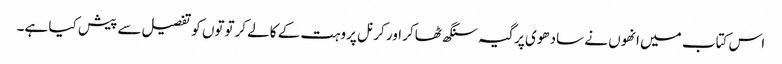
اس کتاب میں انھوں نے سادھوی پرگیہ سنگھ ٹھاکر اور کرنل پروہت کے کالے کرتوتوں کو تفصیل سے پیش کیا ہے۔